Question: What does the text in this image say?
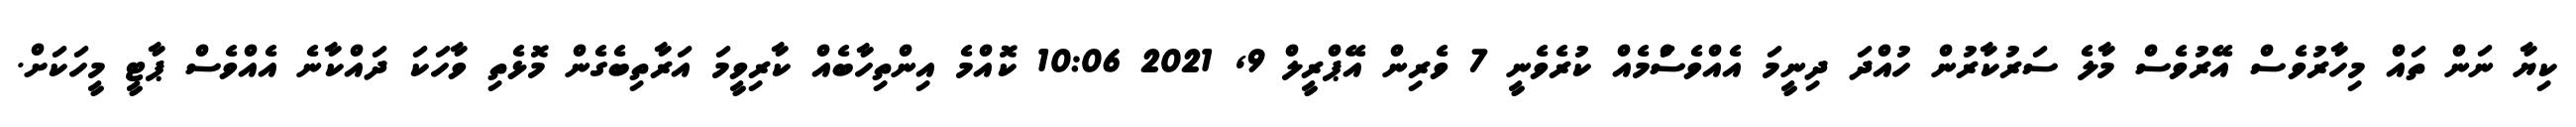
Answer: ކިޔާ ނަން ތައް މިހާރުވެސް އޭރުވެސް މާލެ ސަރުކާރުން ހުއްދަ ދިނީމަ އެއްވެސްަމެއް ކުރެވެނީ 7 ވެރިން އޭޕްރީލް 9, 2021 10:06 ކޮއްމެ އިންތިހާބެއް ކާރިވީމަ އަރާތިބެގެން މޮޅެތި ވާހަކަ ދައްކާނެ އެއްވެސް ޕާޓީ މީހަކަށް.